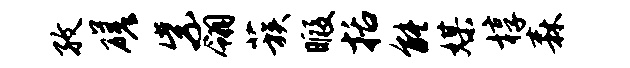
孜磋紫翎蔟暇括能媒椁森